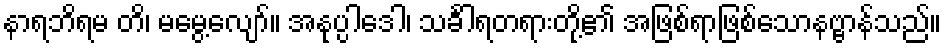
နာရဘိရမ တိ၊ မမွေ့လျော်။ အနုပ္ပါဒေါ၊ သင်္ခါရတရားတို့၏ အဖြစ်ရာဖြစ်သောနဗ္ဗာန်သည်။